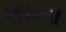
લાના